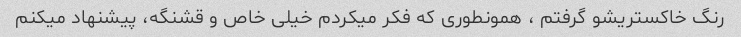
رنگ خاکستریشو گرفتم ، همونطوری که فکر میکردم خیلی خاص و قشنگه، پیشنهاد میکنم